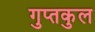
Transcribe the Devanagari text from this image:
गुप्तकुल